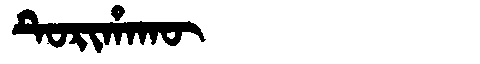
Manchu: ᡨᡠᡵᡳᡥᠠᡴᡡ
Romanization: TURIHAKŪ